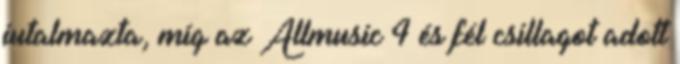
jutalmazta, míg az Allmusic 4 és fél csillagot adott